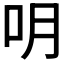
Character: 𠯲